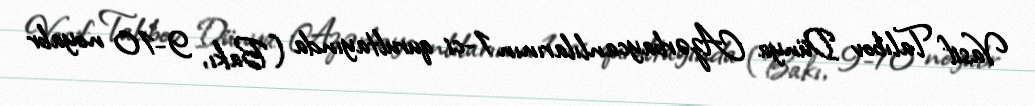
Vasif Talıbov Dünya Azərbaycanlılarının 1-ci qurultayında (Bakı, 9-10 noyabr